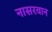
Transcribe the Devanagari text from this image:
नासरवान